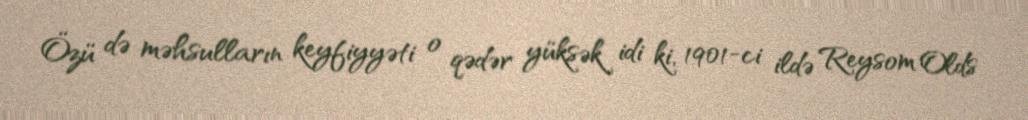
Özü də məhsulların keyfiyyəti o qədər yüksək idi ki, 1901-ci ildə Reysom Olds